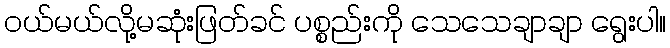
ဝယ်မယ်လို့မဆုံးဖြတ်ခင် ပစ္စည်းကို သေသေချာချာ ရွေးပါ။